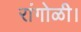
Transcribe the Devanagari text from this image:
रांगोळी।